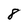
Character: 8